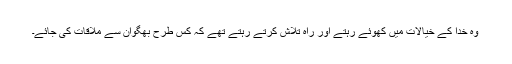
وہ خدا کے خیالات میں کھوئے رہتے اور راہ تلاش کرتے رہتے تھے کہ کس طرح بھگوان سے ملاقات کی جائے۔